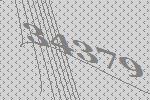
34379